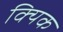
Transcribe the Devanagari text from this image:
क्यिक